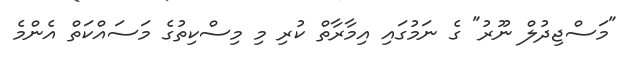
"މަސްޖިދުލް ނޫރު" ގެ ނަމުގައި އިމާރާތް ކުރި މި މިސްކިތުގެ މަސައްކަތް އެންމެ